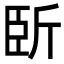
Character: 𣂜